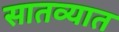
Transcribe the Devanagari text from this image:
सातव्यात